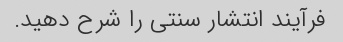
فرآیند انتشار سنتی را شرح دهید.